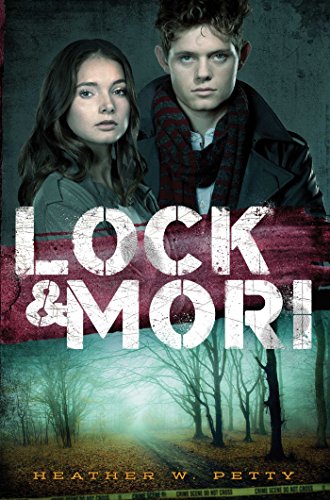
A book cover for Lock & Mori; Heather W. Petty; Teen & Young Adult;